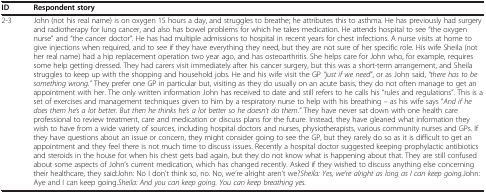
| ID | Respondent story |
 | --- | --- |
 | 2-3 | John (not his real name) is on oxygen 15 hours a day, and struggles to breathe; he attributes this to asthma. He has previously had surgery and radiotherapy for lung cancer, and also has bowel problems for which he takes medication. He attends hospital to see “the oxygen nurse” and “the cancer doctor”. He has had multiple admissions to hospital in recent years for chest infections. A nurse visits at home to give injections when required, and to see if they have everything they need, but they are not sure of her specific role. His wife Sheila (not her real name) had a hip replacement operation two year ago, and has osteoarthritis. She helps care for John who, for example, requires some help getting dressed. They had carers visit immediately after his cancer surgery, but this was a short-term arrangement, and Sheila struggles to keep up with the shopping and household jobs. He and his wife visit the GP “just if we need”, or as John said, “there has to be something wrong.” They prefer one GP in particular but, visiting as they do usually on an acute basis, they do not often manage to get an appointment with her. The only written information John has received to date and still refers to he calls his “rules and regulations”. This is a set of exercises and management techniques given to him by a respiratory nurse to help with his breathing – as his wife says “And if he does them he’s a lot better. But then he thinks he’s a lot better so he doesn’t do them.” They have never sat down with one health care professional to review treatment, care and medication or discuss plans for the future. Instead, they have gleaned what information they wish to have from a wide variety of sources, including hospital doctors and nurses, physiotherapists, various community nurses and GPs. If they have questions about an issue or concern, they might consider going to see the GP, but they rarely do so as it is difficult to get an appointment and they feel there is not much time to discuss issues. Recently a hospital doctor suggested keeping prophylactic antibiotics and steroids in the house for when his chest gets bad again, but they do not know what is happening about that. They are still confused about some aspects of John’s current medication, which has changed recently. Asked if they wished to discuss anything else concerning their healthcare, they said:John: No I don’t think so, no. No, we’re alright aren’t we?Sheila: Yes, we’re alright as long as I can keep going.John: Aye and I can keep going.Sheila: And you can keep going. You can keep breathing yes. |